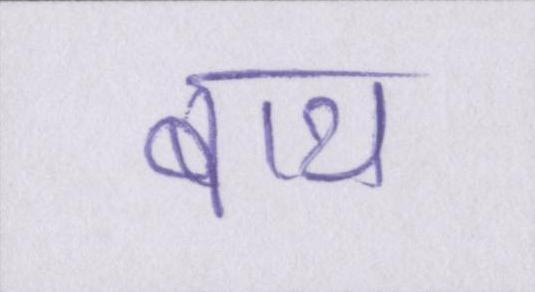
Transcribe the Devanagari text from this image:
बाथ